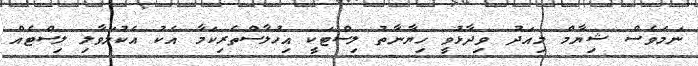
ނަމަވެސް ޝިޔާމް މިއަދު ވިދާޅުވީ ހިޔާނާތު ލިސްޓަކީ އިހުލާސްތެރިކަމާ އެކު އެކުލަވާލި ލިސްޓެއް